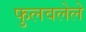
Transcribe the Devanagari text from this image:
फुलवलेले